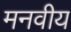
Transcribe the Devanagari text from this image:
मनवीय